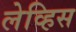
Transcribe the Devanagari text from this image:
लेव्हिस